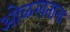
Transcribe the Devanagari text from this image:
ओळखताना